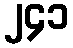
၂၄၁